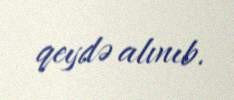
qeydə alınıb.